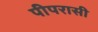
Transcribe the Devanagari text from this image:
पीपरासी